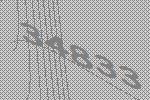
34833